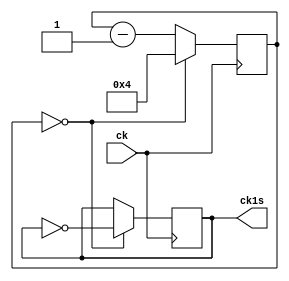
`default_nettype none

module divisor (
	input wire ck,
	output ck1s
);
	
reg	rck1s;
reg	[24:0] rcont;

assign ck1s = rck1s;

always @(posedge ck)
begin			
	if (rcont == 25'h0000000) begin
		//rcont=25'h17d783f;
		rcont <= 25'h0000004;
		rck1s <= ~rck1s;	
	end	else begin	
		rcont <= rcont - 1;			
	end			
	end
endmodule